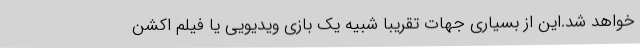
خواهد شد.این از بسیاری جهات تقریباً شبیه یک بازی ویدیویی یا فیلم اکشن